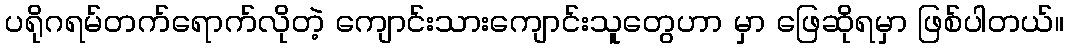
ပရိုဂရမ်တက်ရောက်လိုတဲ့ ကျောင်းသားကျောင်းသူတွေဟာ မှာ ဖြေဆိုရမှာ ဖြစ်ပါတယ်။